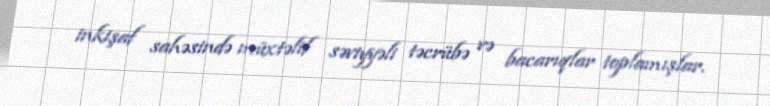
inkişaf sahəsində müxtəlif səviyyəli təcrübə və bacarıqlar toplamışlar.